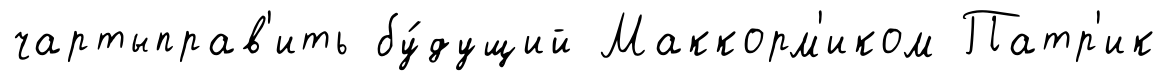
чартыправ'ить бу́дущий Маккорм'иком Патр'ик